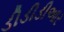
ડીડીડીઆર